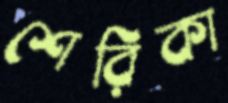
শেরিকা